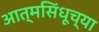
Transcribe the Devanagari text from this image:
आत्मसिंधूच्या